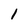
Character: l